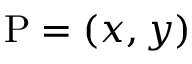
\mathrm { P } = ( x , y )